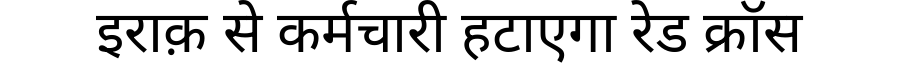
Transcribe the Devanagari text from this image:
इराक़ से कर्मचारी हटाएगा रेड क्रॉस